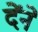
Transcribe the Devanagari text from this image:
देंने